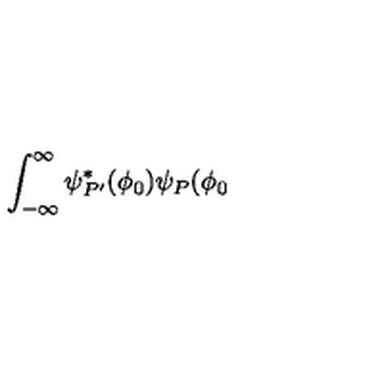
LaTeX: \int _ { - \infty } ^ { \infty } \psi _ { P ^ { \prime } } ^ { * } ( \phi _ { 0 } ) \psi _ { P } ( \phi _ { 0 }